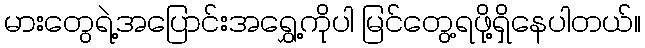
မားတွေရဲ့အပြောင်းအရွှေ့ကိုပါ မြင်တွေ့ရဖို့ရှိနေပါတယ်။